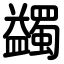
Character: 蠲